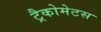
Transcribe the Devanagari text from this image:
ट्रैकोमेटस